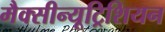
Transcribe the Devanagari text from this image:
मैक्सीन्यूट्रिशियन